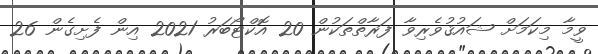
ވީމާ މިކަމަށް ޝައުޤުވެރިވާ ފަރާތްތަކުން 20 އޮކްޓޯބަރު 2021 އިން ފެށިގެން 26